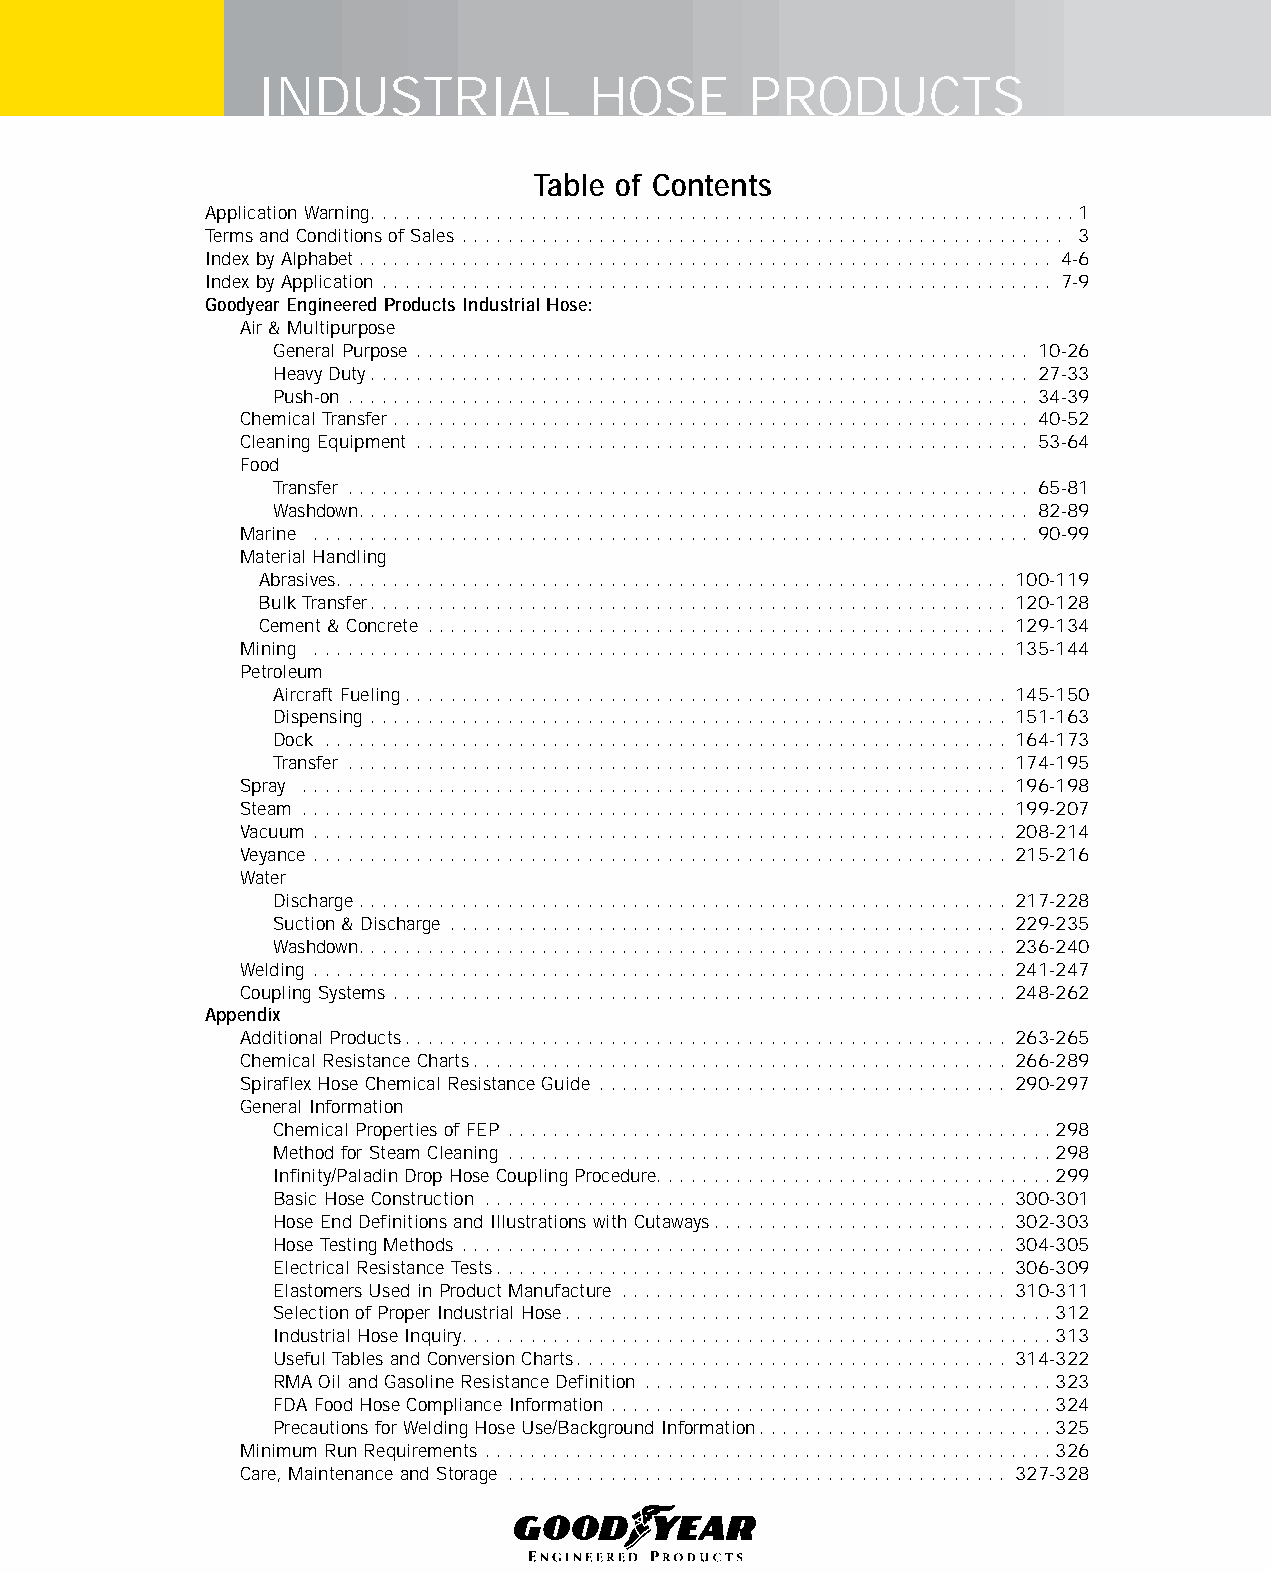
INDUSTRIAL            HOSE       PRODUCTS
 Table of Contents
 Application Warning..............................................................1
 Terms and Conditions of Sales ..................................................... 3
 Index by Alphabet............................................................. 4-6
 Index by Application ........................................................... 7-9
 Goodyear Engineered Products Industrial Hose:
 Air & Multipurpose
 General Purpose ...................................................... 10-26
 Heavy Duty.......................................................... 27-33
 Push-on ............................................................ 34-39
 Chemical Transfer ........................................................ 40-52
 Cleaning Equipment ...................................................... 53-64
 Food
 Transfer ............................................................ 65-81
 Washdown........................................................... 82-89
 Marine ............................................................... 90-99
 Material Handling
 Abrasives........................................................... 100-119
 Bulk Transfer........................................................ 120-128
 Cement & Concrete ................................................... 129-134
 Mining ............................................................. 135-144
 Petroleum
 Aircraft Fueling..................................................... 145-150
 Dispensing ........................................................ 151-163
 Dock ............................................................ 164-173
 Transfer .......................................................... 174-195
 Spray .............................................................. 196-198
 Steam .............................................................. 199-207
 Vacuum ............................................................. 208-214
 Veyance ............................................................. 215-216
 Water
 Discharge ......................................................... 217-228
 Suction & Discharge ................................................. 229-235
 Washdown......................................................... 236-240
 Welding ............................................................. 241-247
 Coupling Systems ...................................................... 248-262
 Appendix
 Additional Products..................................................... 263-265
 Chemical Resistance Charts............................................... 266-289
 Spiraflex Hose Chemical Resistance Guide .................................... 290-297
 General Information
 Chemical Properties of FEP ................................................298
 Method for Steam Cleaning ................................................298
 Infinity/Paladin Drop Hose Coupling Procedure...................................299
 Basic Hose Construction .............................................. 300-301
 Hose End Definitions and Illustrations with Cutaways.......................... 302-303
 Hose Testing Methods ................................................ 304-305
 Electrical Resistance Tests............................................. 306-309
 Elastomers Used in Product Manufacture .................................. 310-311
 Selection of Proper Industrial Hose...........................................312
 Industrial Hose Inquiry....................................................313
 Useful Tables and Conversion Charts...................................... 314-322
 RMA Oil and Gasoline Resistance Definition ....................................323
 FDA Food Hose Compliance Information .......................................324
 Precautions for Welding Hose Use/Background Information..........................325
 Minimum Run Requirements ..................................................326
 Care, Maintenance and Storage ............................................ 327-328
 2